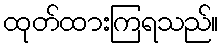
ထုတ်ထားကြရသည်။